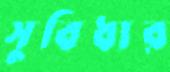
সুবিধার